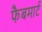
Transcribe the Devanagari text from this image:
फैबमार्ट